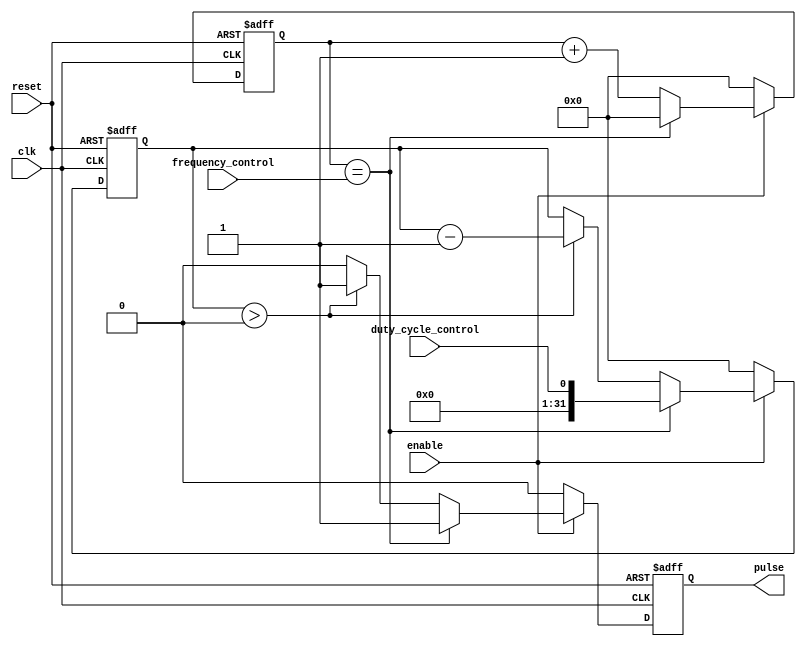
module programmable_pulse_generator (
  input wire clk, // Clock signal
  input wire reset, // Reset signal
  input wire enable, // Enable signal
  input wire frequency_control, // Frequency control signal
  input wire duty_cycle_control, // Duty cycle control signal
  output reg pulse // Output pulse signal
);

reg [31:0] pulse_counter = 0; // Counter for pulse frequency
reg [31:0] pulse_duration = 0; // Counter for pulse duration

always @(posedge clk or posedge reset) begin
  if (reset) begin
    pulse_counter <= 0;
    pulse_duration <= 0;
    pulse <= 0;
  end else begin
    if (enable) begin
      if (pulse_counter == frequency_control) begin
        pulse_counter <= 0;
        pulse_duration <= duty_cycle_control;
        pulse <= 1;
      end else begin
        if (pulse_duration > 0) begin
          pulse_duration <= pulse_duration - 1;
          pulse <= 1;
        end else begin
          pulse <= 0;
        end
        pulse_counter <= pulse_counter + 1;
      end
    end else begin
      pulse_counter <= 0;
      pulse_duration <= 0;
      pulse <= 0;
    end
  end
end

endmodule